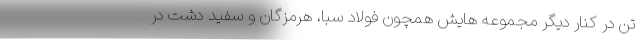
تن در کنار دیگر مجموعه هایش همچون فولاد سبا، هرمزگان و سفید دشت در